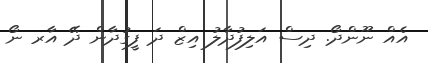
އެއް ނޫންދޯ. ދިސް އަލިފުދާލު އިޒް ދަ ފީގުދާން ދޭ އާރ ނޯ